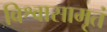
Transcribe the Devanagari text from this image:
विश्वासामृतं